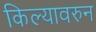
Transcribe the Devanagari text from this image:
किल्यावरुन